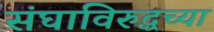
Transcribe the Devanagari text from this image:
संघाविरुद्धच्या